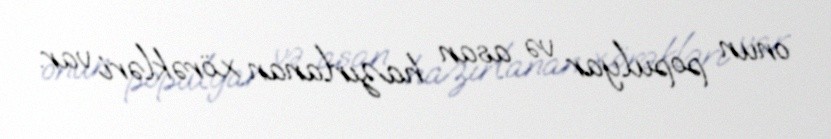
onun populyar və asan hazırlanan xörəkləri var.